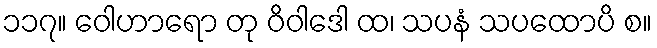
၁၁၇။ ဝေါဟာရော တု ဝိဝါဒေါ ထ၊ သပနံ သပထောပိ စ။